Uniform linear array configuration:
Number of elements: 64
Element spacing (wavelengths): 1
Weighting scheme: exponential
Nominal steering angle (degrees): -15
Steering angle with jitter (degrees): -14.406
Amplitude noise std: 0.05
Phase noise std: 0.05

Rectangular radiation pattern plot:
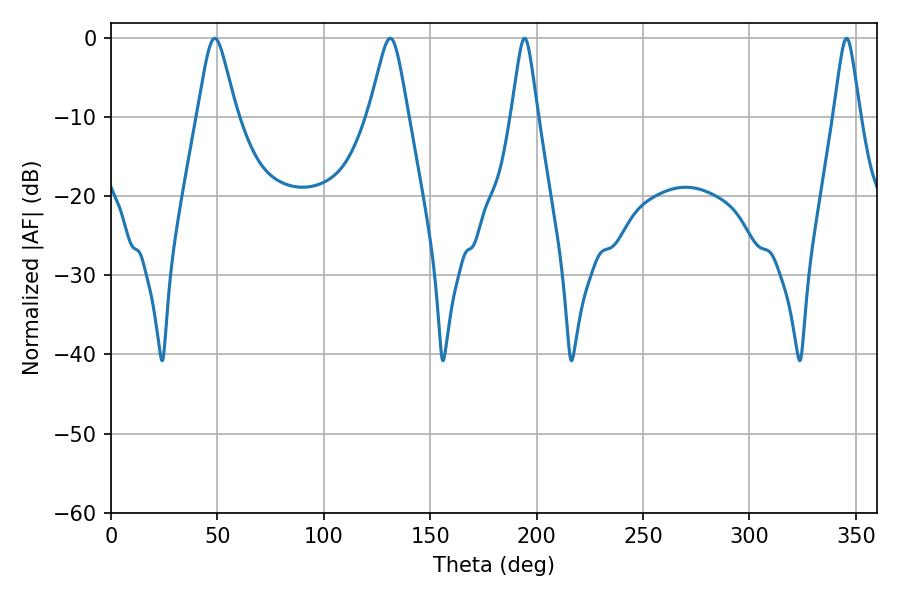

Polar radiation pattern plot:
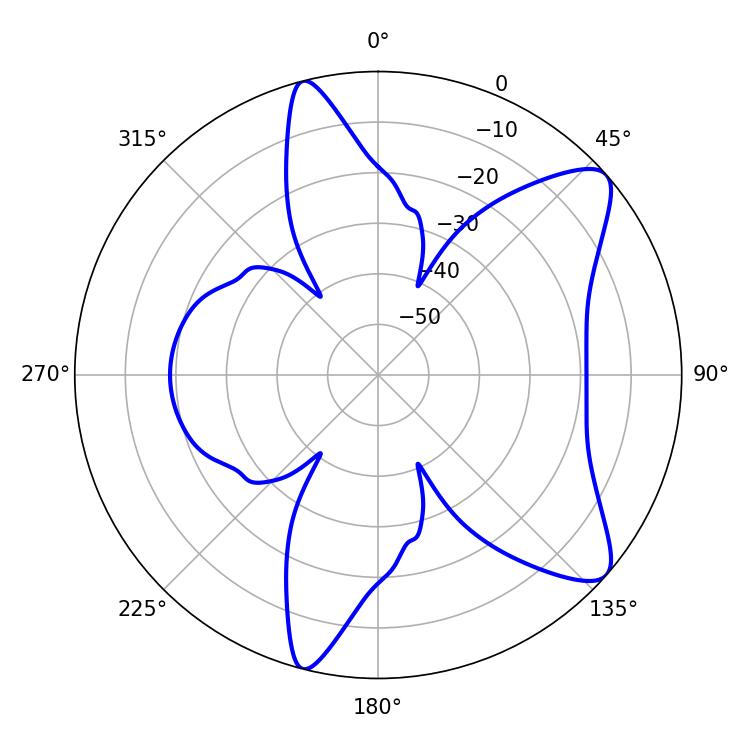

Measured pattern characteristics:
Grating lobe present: TRUE
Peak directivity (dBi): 9.475
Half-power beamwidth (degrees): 8.82
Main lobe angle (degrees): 48.78